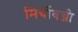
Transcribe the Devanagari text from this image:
मिर्चीबज्जी